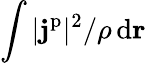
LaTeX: \int|\mathbf{j}^{\mathrm{p}}|^{2}/\rho\, \mathrm{d}\mathbf{r}